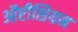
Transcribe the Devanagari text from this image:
ऑप्टीशियन